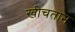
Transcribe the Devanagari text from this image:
खीचतान